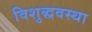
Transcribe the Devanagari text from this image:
विशुद्धवस्था